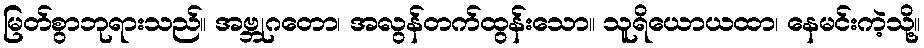
မြတ်စွာဘုရားသည်။ အဗ္ဘုဂတော၊ အလွန်တက်ထွန်းသော။ သူရိယောယထာ၊ နေမင်းကဲ့သို့။